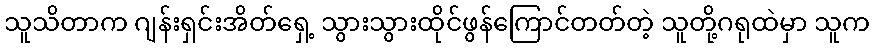
သူသိတာက ဂျန်းရှင်းအိတ်ရှေ့ သွားသွားထိုင်ဖွန်ကြောင်တတ်တဲ့ သူတို့ဂရုထဲမှာ သူက